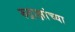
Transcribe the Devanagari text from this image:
रुद्राक्षांच्या